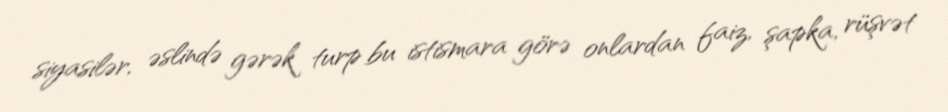
siyasilər, əslində gərək turp bu istismara görə onlardan faiz, şapka, rüşvət